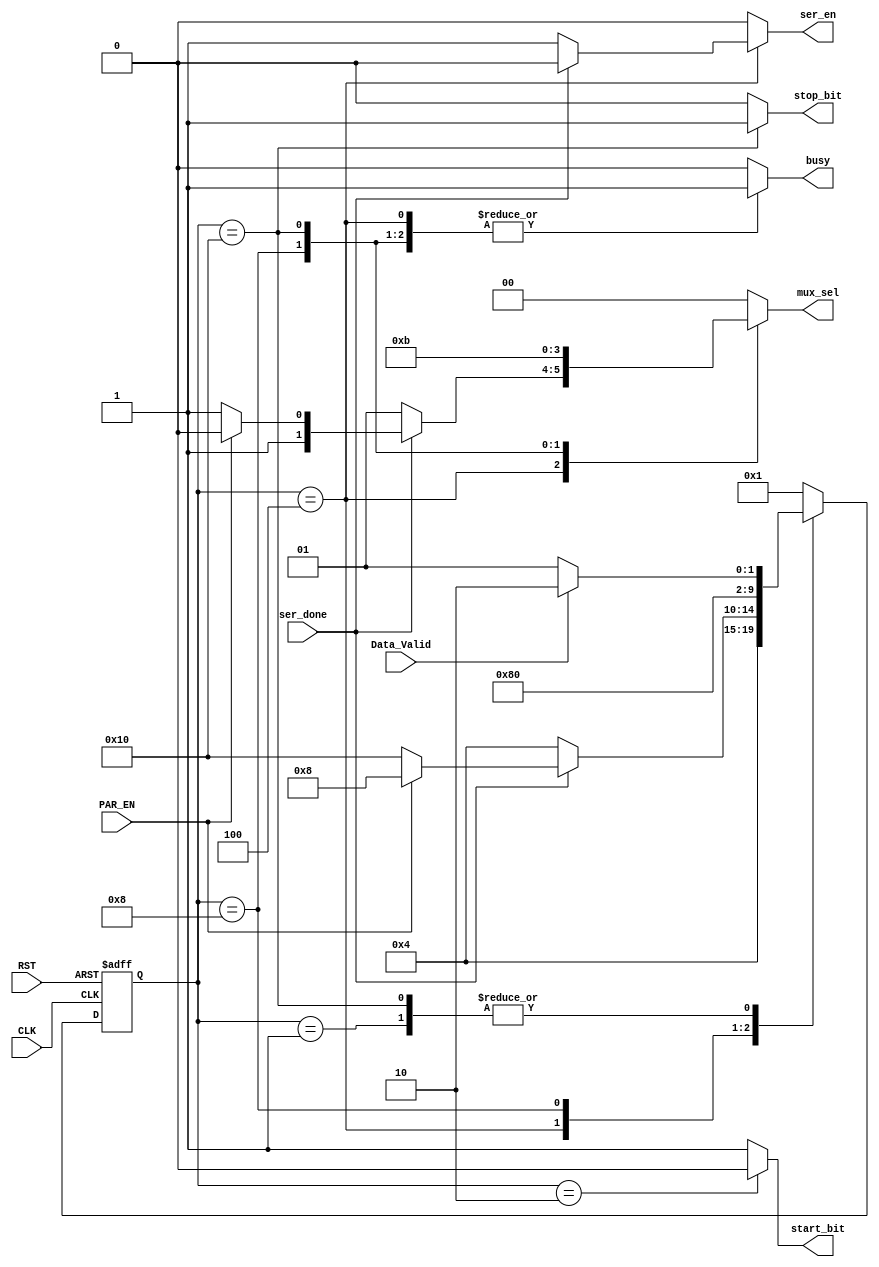
module FSM_Block (
    input wire ser_done,
    input wire PAR_EN,
    input wire Data_Valid,
    input wire CLK,RST ,
    output reg ser_en,
    output reg busy,
    output reg start_bit,
    output reg stop_bit,
    output reg [1:0] mux_sel
);
reg [4:0] current_state,next_state;
localparam [4:0] IDLE_STATE=5'b00001,
                START_STATE=5'b00010,
                DATA_STATE=5'b00100,
                PARITY_STATE=5'b01000,
                STOP_STATE=5'b10000;

//Sequential Block for State Transition 
always @(posedge CLK or negedge RST)
begin
    if(!RST)
        current_state<=IDLE_STATE;
    else
        current_state<=next_state;
end

//Combinational Always Block for Next State logic + Output logic
always @ (*)
 begin
    //default output values
    start_bit=1'b1;
    stop_bit=1'b0;
    ser_en=1'b0;
    busy=1'b0;
    mux_sel=2'b00;
   case(current_state)
    IDLE_STATE:
        begin
                start_bit=1'b1;
                stop_bit=1'b0;
                ser_en=1'b0;
                busy=1'b0;
                mux_sel=2'b00;
         if(!Data_Valid)
            begin
                next_state<=IDLE_STATE;
            end
         else
            begin
                next_state<=START_STATE;
            end
        end
    START_STATE:
        begin
                start_bit=1'b0;
                stop_bit=1'b0;
                ser_en=1'b0;
                busy=1'b1;
                mux_sel=2'b00;
                next_state<=DATA_STATE;
        end
    DATA_STATE:
        begin
                start_bit=1'b1;
                stop_bit=1'b0;
                busy=1'b1;
                ser_en=1'b1;
                mux_sel=2'b01;
            if(!ser_done)
                begin
                    next_state<=DATA_STATE;
                end
            else if(PAR_EN)
                begin
                        ser_en=1'b0;
                        mux_sel=2'b10;
                    next_state<=PARITY_STATE;
                end
            else
                begin
                                 ser_en=1'b0;
                        mux_sel=2'b11;
                    next_state<=STOP_STATE;
                end 
        end
    PARITY_STATE:
        begin
            start_bit=1'b1;
            stop_bit=1'b0;
            busy=1'b1;
            ser_en=1'b0;
            mux_sel=2'b10;
            next_state<=STOP_STATE;
        end
    STOP_STATE:
        begin
             start_bit=1'b1;
             stop_bit=1'b1;
             busy=1'b1;
             ser_en=1'b0;
             mux_sel=2'b11;
             if(!Data_Valid)
                next_state<=IDLE_STATE;
            else
                next_state<=START_STATE;
        end
    default:
        begin
                start_bit=1'b1;
                stop_bit=1'b0;
                ser_en=1'b0;
                busy=1'b0;
                mux_sel=2'b00;
                next_state<=IDLE_STATE;
        end
    endcase
 end
endmodule